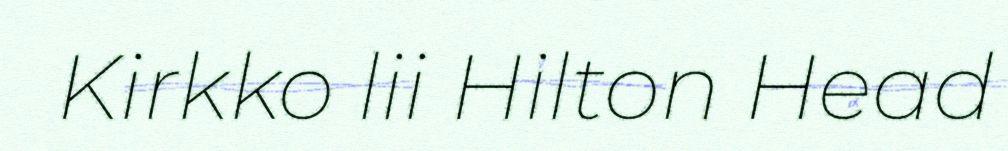
Kirkko lii Hilton Head